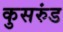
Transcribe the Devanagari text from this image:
कुसरुंड